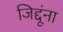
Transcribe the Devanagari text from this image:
जिद्दूंना